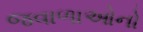
જવાળાઓનો